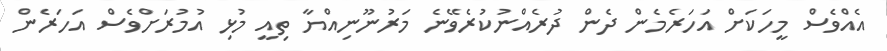
އެއްވެސް މީހަކަށް އަހަރެމެން ދެން ދުރެއްނުކުރެވޭނެ މަރުނޫނިއްޔާ ތިއީ މުޅި އުމުރަށްވެސް އަހަރެން